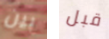
بين قبل